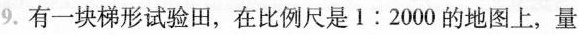
9.有一块梯形试验田，在比例尺是1:2000的地图上，量